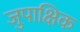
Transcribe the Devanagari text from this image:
जुपाक्षिक